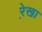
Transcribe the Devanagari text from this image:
रे़खा